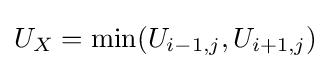
U_{X}=\min(U_{i-1,j},U_{i+1,j})